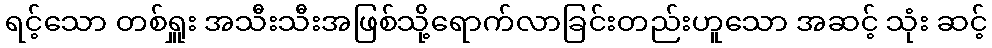
ရင့်သော တစ်ရှူး အသီးသီးအဖြစ်သို့ရောက်လာခြင်းတည်းဟူသော အဆင့် သုံး ဆင့်